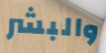
والبشر